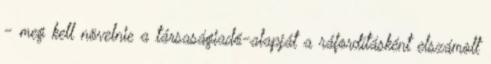
- meg kell növelnie a társaságiadó-alapját a ráfordításként elszámolt